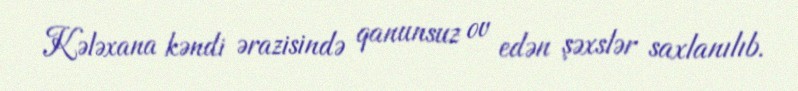
Kələxana kəndi ərazisində qanunsuz ov edən şəxslər saxlanılıb.